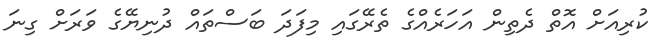
ކުރިއަށް އޮތް ދެތިން އަހަރެއްގެ ތެރޭގައި މިފަދަ ބަސްތައް ދުނިޔޭގެ ވަރަށް ގިނަ